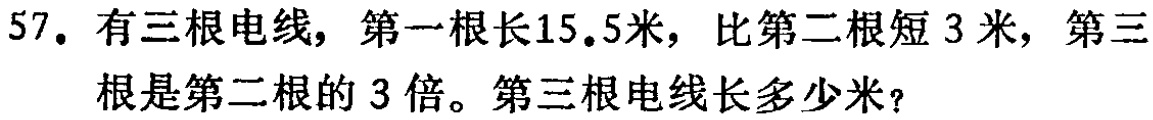
57. 有三根电线，第一根长15.5米，比第二根短 3 米，第三

根是第二根的 3 倍。第三根电线长多少米？